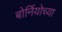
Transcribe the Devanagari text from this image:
बोर्नियोच्या